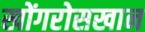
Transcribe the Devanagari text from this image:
खोंगरोसखान